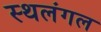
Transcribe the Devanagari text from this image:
स्थलंगल